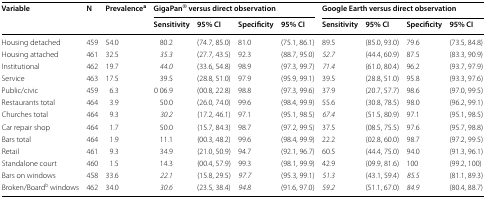
<table><thead><tr><td rowspan="2"><b>Variable</b></td><td rowspan="2"><b>N</b></td><td rowspan="2"><b>Prevalence<sup>a</sup></b></td><td colspan="4"><b>GigaPan<sup>®</sup> versus direct observation</b></td><td colspan="4"><b>Google Earth versus direct observation</b></td></tr><tr><td><b>Sensitivity</b></td><td><b>95% CI</b></td><td><b>Specificity</b></td><td><b>95% CI</b></td><td><b>Sensitivity</b></td><td><b>95% CI</b></td><td><b>Specificity</b></td><td><b>95% CI</b></td></tr></thead><tbody><tr><td>Housing detached</td><td>459</td><td>54.0</td><td>80.2</td><td>(74.7, 85.0)</td><td>81.0</td><td>(75.1, 86.1)</td><td>89.5</td><td>(85.0, 93.0)</td><td>79.6</td><td>(73.5, 84.8)</td></tr><tr><td>Housing attached</td><td>461</td><td>32.5</td><td><i>35.3</i></td><td>(27.7, 43.5)</td><td>92.3</td><td>(88.7, 95.0)</td><td><i>52.7</i></td><td>(44.4, 60.9)</td><td>87.5</td><td>(83.3, 90.9)</td></tr><tr><td>Institutional</td><td>462</td><td>19.7</td><td><i>44.0</i></td><td>(33.6, 54.8)</td><td>98.9</td><td>(97.3, 99.7)</td><td><i>71.4</i></td><td>(61.0, 80.4)</td><td>96.2</td><td>(93.7, 97.9)</td></tr><tr><td>Service</td><td>463</td><td>17.5</td><td>39.5</td><td>(28.8, 51.0)</td><td>97.9</td><td>(95.9, 99.1)</td><td>39.5</td><td>(28.8, 51.0)</td><td>95.8</td><td>(93.3, 97.6)</td></tr><tr><td>Public/civic</td><td>459</td><td>6.3</td><td>0 06.9</td><td>(00.8, 22.8)</td><td>98.8</td><td>(97.3, 99.6)</td><td>37.9</td><td>(20.7, 57.7)</td><td>98.6</td><td>(97.0, 99.5)</td></tr><tr><td>Restaurants total</td><td>464</td><td>3.9</td><td>50.0</td><td>(26.0, 74.0)</td><td>99.6</td><td>(98.4, 99.9)</td><td>55.6</td><td>(30.8, 78.5)</td><td>98.0</td><td>(96.2, 99.1)</td></tr><tr><td>Churches total</td><td>464</td><td>9.3</td><td><i>30.2</i></td><td>(17.2, 46.1)</td><td>97.1</td><td>(95.1, 98.5)</td><td><i>67.4</i></td><td>(51.5, 80.9)</td><td>97.1</td><td>(95.1, 98.5)</td></tr><tr><td>Car repair shop</td><td>464</td><td>1.7</td><td>50.0</td><td>(15.7, 84.3)</td><td>98.7</td><td>(97.2, 99.5)</td><td>37.5</td><td>(08.5, 75.5)</td><td>97.6</td><td>(95.7, 98.8)</td></tr><tr><td>Bars total</td><td>464</td><td>1.9</td><td>11.1</td><td>(00.3, 48.2)</td><td>99.6</td><td>(98.4, 99.9)</td><td>22.2</td><td>(02.8, 60.0)</td><td>98.7</td><td>(97.2, 99.5)</td></tr><tr><td>Retail</td><td>461</td><td>9.3</td><td>34.9</td><td>(21.0, 50.9)</td><td>94.7</td><td>(92.1, 96.7)</td><td>60.5</td><td>(44.4, 75.0)</td><td>94.0</td><td>(91.3, 96.1)</td></tr><tr><td>Standalone court</td><td>460</td><td>1.5</td><td>14.3</td><td>(00.4, 57.9)</td><td>99.3</td><td>(98.1, 99.9)</td><td>42.9</td><td>(09.9, 81.6)</td><td>100</td><td>(99.2, 100)</td></tr><tr><td>Bars on windows</td><td>458</td><td>33.6</td><td><i>22.1</i></td><td>(15.8, 29.5)</td><td><i>97.7</i></td><td>(95.3, 99.1)</td><td><i>51.3</i></td><td>(43.1, 59.4)</td><td><i>85.5</i></td><td>(81.1, 89.3)</td></tr><tr><td>Broken/Board<sup>b</sup> windows</td><td>462</td><td>34.0</td><td><i>30.6</i></td><td>(23.5, 38.4)</td><td><i>94.8</i></td><td>(91.6, 97.0)</td><td><i>59.2</i></td><td>(51.1, 67.0)</td><td><i>84.9</i></td><td>(80.4, 88.7)</td></tr></tbody></table>